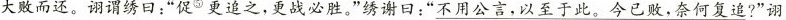
大败而还。诩谓绣日：”促^{⑤}更追之，更战必胜。”绣谢曰：”不用公言，以至于此。今已败，奈何复追?”诩